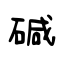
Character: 碱